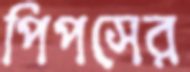
পিপসের